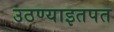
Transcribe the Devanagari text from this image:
उठण्याइतपत